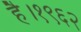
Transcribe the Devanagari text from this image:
है।१९६२